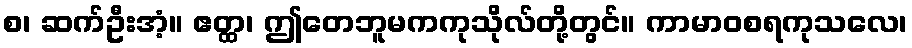
စ၊ ဆက်ဦးအံ့။ ဧတ္ထ၊ ဤတေဘူမကကုသိုလ်တို့တွင်။ ကာမာဝစရကုသလေ၊